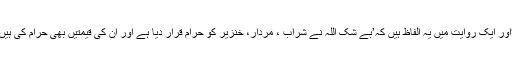
‘اور ایک روایت میں یہ الفاظ ہیں کہ’بے شک اللہ نے شراب ، مردار، خنزیر کو حرام قرار دیا ہے اور ان کی قیمتیں بھی حرام کی ہیں۔